Annual report on the Civil Veterinary Department, Burma (including the Insein Veterinary School) - 1932-1941
Year: 1932
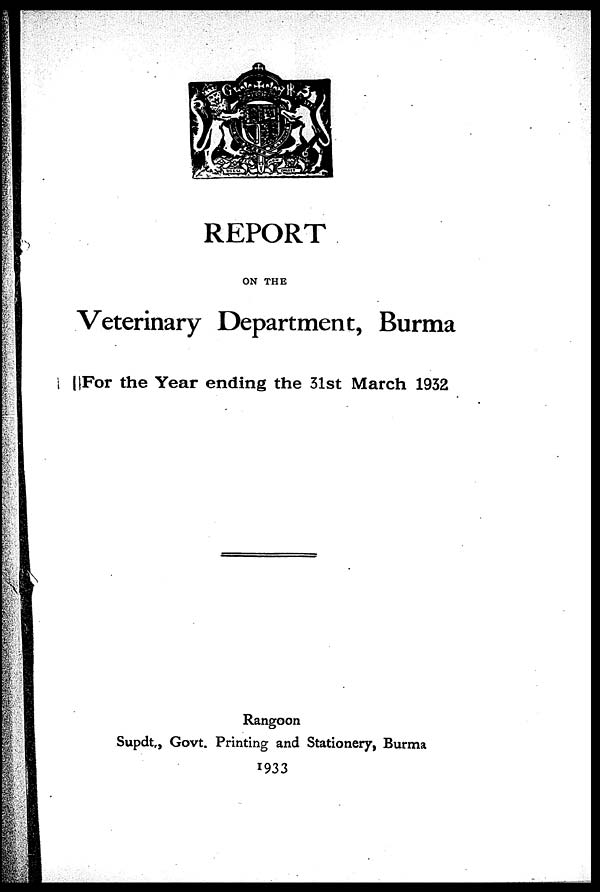
REPORT
ON THE
Veterinary Department, Burma
For the Year ending the 31st March 1932
Rangoon
Supdt., Govt. Printing and Stationery, Burma
1933